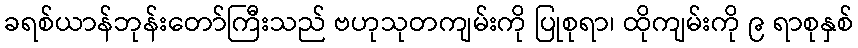
ခရစ်ယာန်ဘုန်းတော်ကြီးသည် ဗဟုသုတကျမ်းကို ပြုစုရာ၊ ထိုကျမ်းကို ၉ ရာစုနှစ်